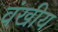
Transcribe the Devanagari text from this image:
वंखीय